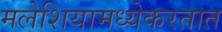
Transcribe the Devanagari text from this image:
मलेशियामध्येकरतात